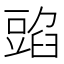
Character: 𧯰